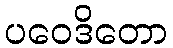
ပဝေဒိတော